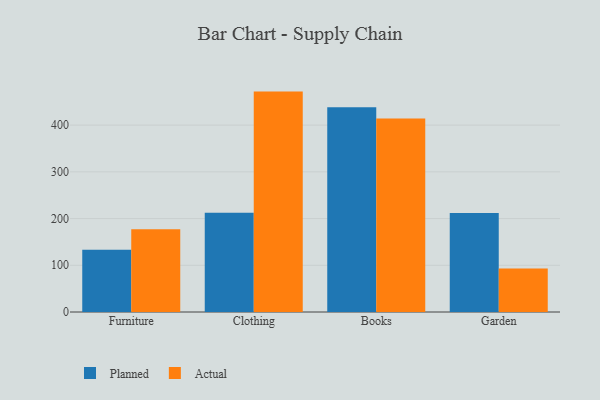
{"axis": {"x": "Category", "y": "Customer Acquisition Cost (USD)"}, "legend": ["Actual", "Planned"], "data": [{"x": "Furniture", "y": 133.0, "type": "Planned"}, {"x": "Furniture", "y": 177.3, "type": "Actual"}, {"x": "Clothing", "y": 212.7, "type": "Planned"}, {"x": "Clothing", "y": 471.8, "type": "Actual"}, {"x": "Books", "y": 438.1, "type": "Planned"}, {"x": "Books", "y": 414.4, "type": "Actual"}, {"x": "Garden", "y": 212.0, "type": "Planned"}, {"x": "Garden", "y": 93.0, "type": "Actual"}]}